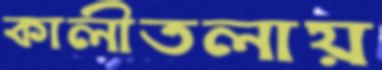
কালীতলায়